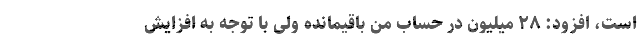
است، افزود: ۲۸ میلیون در حساب من باقیمانده ولی با توجه به افزایش